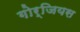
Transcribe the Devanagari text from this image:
गोर्जियस